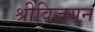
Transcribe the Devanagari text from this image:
श्रीविजयन